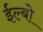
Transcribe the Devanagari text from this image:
ईल्बो